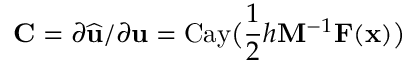
\mathbf { C } = \partial \widehat \mathbf { u } / \partial \mathbf { u } = \mathrm { C a y } \bigl ( \frac 1 2 h \mathbf { M } ^ { - 1 } \mathbf { F } ( \mathbf { x } ) \bigr )